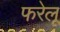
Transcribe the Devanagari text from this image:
फरेलू